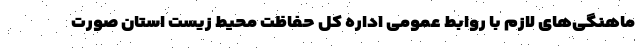
ماهنگی‌های لازم با روابط عمومی اداره کل حفاظت محیط زیست استان صورت